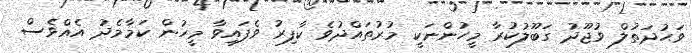
ވަޙުދަތުލް ވުޖޫދު ގަބޫލުކުރާ މީހުންނަކީ މުރުތައްދުވެ ކާފިރު ވެފައިވާ މީހުން ކަމާމެދު އެއްވެސް